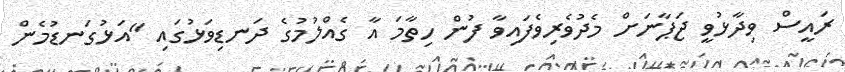
ރައީސް ވިދާޅުވީ ޖަޕާނަށް މެދުވެރިވެފައިވާ ފުން ހިތާމަ އާ ގެއްލުމުގެ ދަނޑިވަޅުގައި "އަޅުގަނޑުމެން